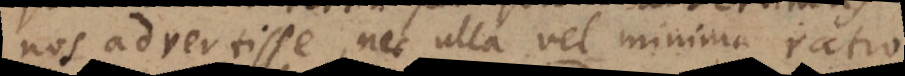
nos advertisse, nec ulla vel minima ratio